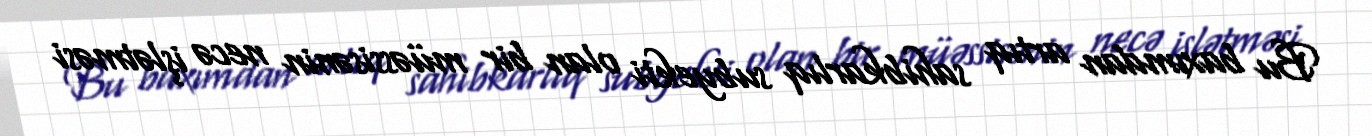
Bu baxımdan artıq sahibkarlıq subyekti olan bir müəssisənin necə işlətməsi